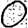
Digit: 0